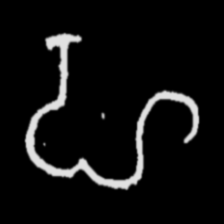
Pyu character \u2014 Myanmar letter: ဟ (romanized: ha)